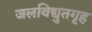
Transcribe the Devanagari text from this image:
जलविद्युतगृह